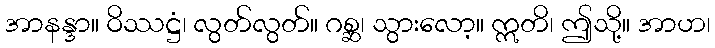
အာနန္ဒာ။ ဝိဿဋ္ဌံ၊ လွတ်လွတ်။ ဂစ္ဆ၊ သွားလော့။ ဣတိ၊ ဤသို့။ အာဟ၊